Cholera in southern India
Disease focus: Cholera
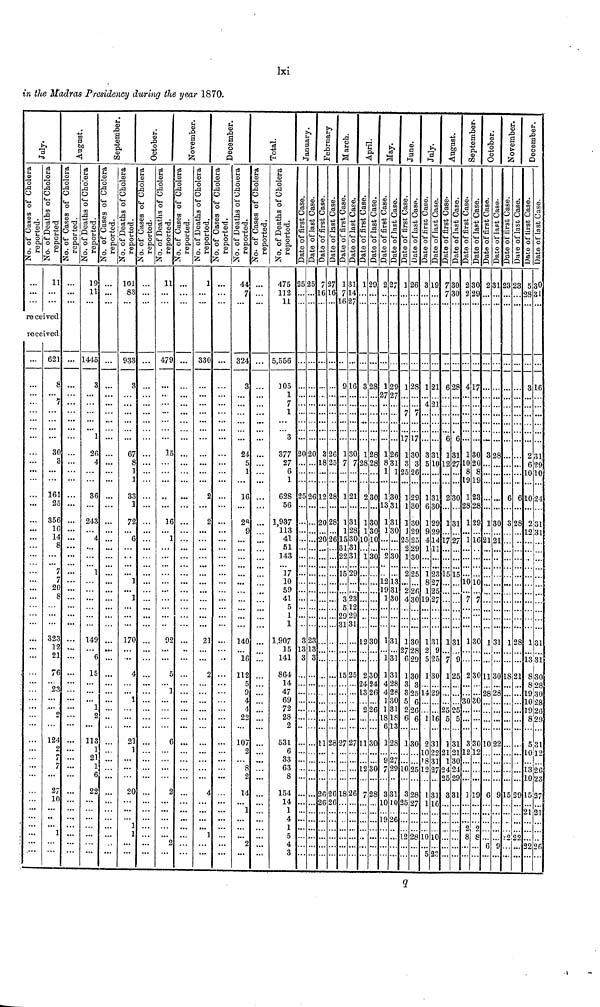
Ixi
in the Madras Presidency during the year 1870.
rece
rece
...
11
iveci
ivod
621
8
7
30
o
O
161
25
356
16
14
8
20
8
323
12
21
76
23
124
27
10
...
...
19
11
144Í
2
3
24
14
1
11
2
2
...
...
...
101
83
933
3
67
8
33
72
6
17
2
2
...
...
11
479
15
16
92
...
1
330
0
o
2
44
7
324
o
24
5
16
2«
14
1
11
2
10
1
...
475
112
11
5,556
]05
1
7
1
3
377
27
6
1
628
56
1,937
113
41
51
143
17
10
59
41
5
1
1
1,907
15
141
864
14
47
69
72
28
2
53
6
33
6
8
154
1
4
25
...
...
...
...
...
•••
...
...
20
...
...
...
25
...
...
...
...
...
...
...
...
-
...
...
...
..
3
13
3
...
...
...
...
...
.,
1 ...
...
...
3 ..
..
..
4 ..
1 ..
..
1 ..
5 ..
4 ..
3 .
5
20
26
23
13
7
3
3
8
12
20
20
1
2
2
7
6
26
25
28
28
26
28
26
26
13
7 1
62
91
1
/
1
15
31
22
15
3
5
29
31
15
27
18
1
4
7
6
50
21
31
28
30
31
31
29
23
1?,
29
31
...
25
...
27
...
26
L2
32
8!
2
1
i
1
2
2
4
13
2
1
L2
7
9 5
8
Î8
28
30
30
30
10
30
"
30
30
24
26
26
.
30
30
28
,2
1S
75
1
8
1
1
1
2
9,
9
1
1
1
1
4
4
1
1
8
6
1
11
7
3
LO
13
7
9
17
26
31
30
31
31
30
30
13
31
30
31
31
31
28
28
30
31
19
13
28
9,7
29
31
1
9
1 26
125
7
1715
13(
o
25 2
12
13
13
1 2
25 2
22
13
22
22
43
13
27 2
6 2
13
3
13
102
32
25 2
12 2
3
1
4
o
3K
1
6
S
19
1
2
5
1
2
10
'8
12
1
1
10
5
9
21
21
31
10
31
30
29
29
14
11
23
27
25
27
31
25
30
31
2
3
2
3
1
1
2
73
73
62
6
1
.2 1
2
1
17
15
.iti
1
21
1
24
">,5
3
0 2
0 2
8 4
6...
1 1
710
.. 8
..19
$0 1
28
51 1
27 1
L5 —
10
31 1
9...
25 2
31 3
2112
30...
24...
29...
31 1
... 2
... 8
0
9
7
50
20
8
9
23
28
29
16
10
30
30
30
12
19
9,
g
23
3
21 '
11
l
10
6
fi
1
8
$0
21
31
30
2
3
6
Q
IS
15
¿2
3
6
28
2
2
29
22
53
8 3
31
21
6'
10 • >
10
9!
-
12
1
13
l
5
10
13
10
15
21
22
0
1
6
i l
?9
0
24
L)l
31
31
30
28
l
31
12
U
27
21
2 fi